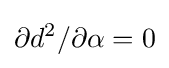
\partial d^{2}/\partial \alpha =0